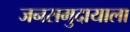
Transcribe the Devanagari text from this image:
जनसमुदायाला